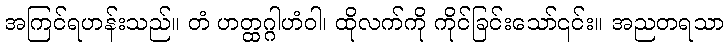
အကြင်ရဟန်းသည်။ တံ ဟတ္ထဂ္ဂါဟံဝါ၊ ထိုလက်ကို ကိုင်ခြင်းသော်၎င်း။ အညတရသာ